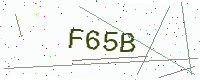
Text: F65B